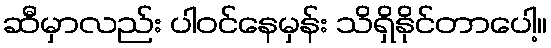
ဆီမှာလည်း ပါဝင်နေမှန်း သိရှိနိုင်တာပေါ့။